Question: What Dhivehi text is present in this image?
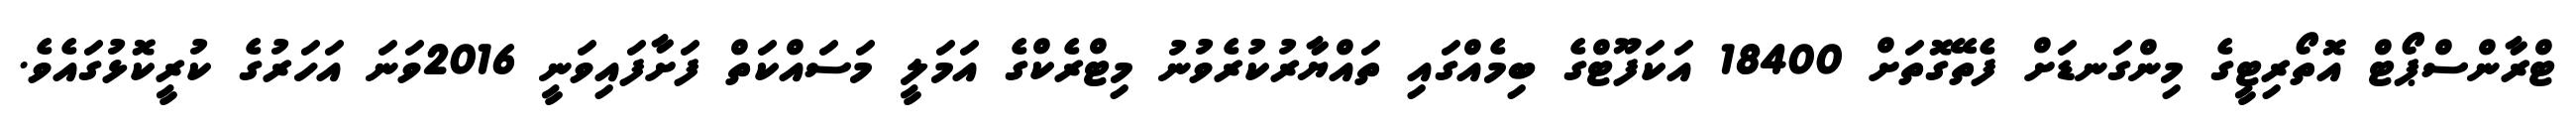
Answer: ޓްރާންސްޕޯޓް އޮތޯރިޓީގެ މިންގަނޑަށް ފެތޭގޮތަށް 18400 އަކަފޫޓްގެ ބިމެއްގައި ތައްޔާރުކުރެވުނު މިޓްރެކްގެ އަމަލީ މަސައްކަތް ފަށާފައިވަނީ 2016ވަނަ އަހަރުގެ ކުރީކޮޅުގައެވެ.